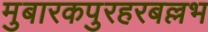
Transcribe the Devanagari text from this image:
मुबारकपुरहरबल्लभ